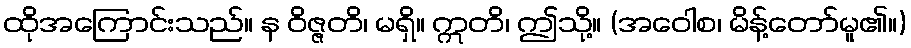
ထိုအကြောင်းသည်။ န ဝိဇ္ဇတိ၊ မရှိ။ ဣတိ၊ ဤသို့။ (အဝေါစ၊ မိန့်တော်မူ၏။)